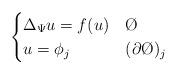
LaTeX: \begin{align*}\begin{cases}\Delta_{\Psi} u = f(u) & \O \\u = \phi_{j} & (\partial \O)_{j}\end{cases}\end{align*}